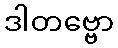
ဒါတဗ္ဗော